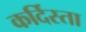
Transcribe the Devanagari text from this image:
कर्दिस्ता